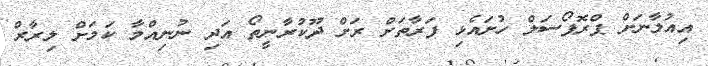
އިއުލާނަށް ޕްރޮޕޯސަލް ހުށައެޅި ފަރާތަށް ރަށް ދޫކުރާނީތޯ އަދި ނުނިއްމާ ކަމަށް ލިރާރް